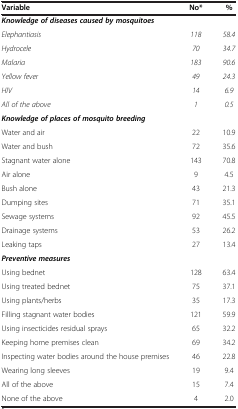
| Variable | No* | % |
 | --- | --- | --- |
 | Knowledge of diseases caused by mosquitoes |  |  |
 | Elephantiasis | 118 | 58.4 |
 | Hydrocele | 70 | 34.7 |
 | Malaria | 183 | 90.6 |
 | Yellow fever | 49 | 24.3 |
 | HIV | 14 | 6.9 |
 | All of the above | 1 | 0.5 |
 | Knowledge of places of mosquito breeding |  |  |
 | Water and air | 22 | 10.9 |
 | Water and bush | 72 | 35.6 |
 | Stagnant water alone | 143 | 70.8 |
 | Air alone | 9 | 4.5 |
 | Bush alone | 43 | 21.3 |
 | Dumping sites | 71 | 35.1 |
 | Sewage systems | 92 | 45.5 |
 | Drainage systems | 53 | 26.2 |
 | Leaking taps | 27 | 13.4 |
 | Preventive measures |  |  |
 | Using bednet | 128 | 63.4 |
 | Using treated bednet | 75 | 37.1 |
 | Using plants/herbs | 35 | 17.3 |
 | Filling stagnant water bodies | 121 | 59.9 |
 | Using insecticides residual sprays | 65 | 32.2 |
 | Keeping home premises clean | 69 | 34.2 |
 | Inspecting water bodies around the house premises | 46 | 22.8 |
 | Wearing long sleeves | 19 | 9.4 |
 | All of the above | 15 | 7.4 |
 | None of the above | 4 | 2.0 |